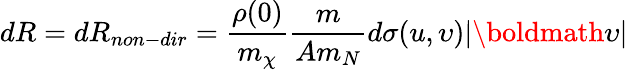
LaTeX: dR=dR_{non-dir}=\frac{\rho(0)}{m_{\chi}}\frac{m}{Am_{N}}d\sigma(u,\upsilon)|{\boldmath\upsilon}|